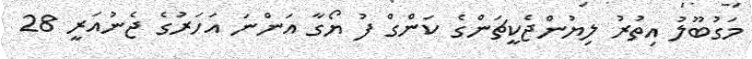
މަގުބޫލު އިތުރު ލިޔުންޖެކީޗަންގެ ކަންގް ފު ޔޯގާ އަންނަ އަހަރުގެ ޖެނުއަރީ 28